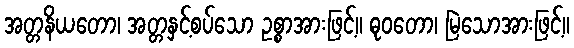
အတ္တနိယတော၊ အတ္တနှင့်စပ်သော ဥစ္စာအားဖြင့်။ ဓုဝတော၊ မြဲသောအားဖြင့်။